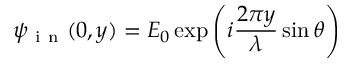
\psi _ { \mathrm { ~ i ~ n ~ } } ( 0 , y ) = E _ { 0 } \exp \left( i \frac { 2 \pi y } { \lambda } \sin \theta \right)